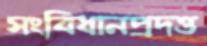
সংবিধানপ্রদত্ত